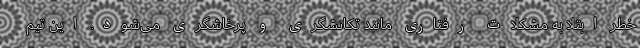
خطر ابتلا به مشکلات رفتاری مانند تکانشگری و پرخاشگری می‌شود. این تیم